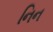
નિન